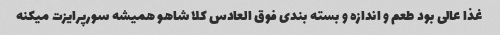
غذا عالی بود طعم و اندازه و بسته بندی فوق العادس کلا شاهو همیشه سورپرایزت میکنه